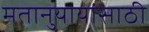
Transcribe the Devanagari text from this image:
मतानुयायांसाठी